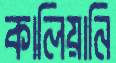
কালিয়ানি